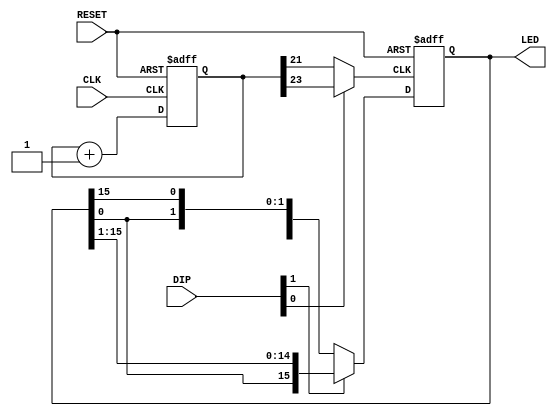
`timescale 1ns / 1ps
//////////////////////////////////////////////////////////////////////////////////
// Company: 
// Engineer: 
// 
// Design Name: 
// Module Name:    TEST 
// Project Name: 
// Target Devices: 
// Tool versions: 
// Description: 
//
// Dependencies: 
//
// Revision: 
// Revision 0.01 - File Created
// Additional Comments: 
//
//////////////////////////////////////////////////////////////////////////////////
module TEST(CLK, RESET, LED, DIP);
    input CLK;
    input RESET;
    output [15:0] LED;
    input [1:0] DIP;
	 
	 reg [23:0] DIVIDER;
	 reg [15:0] LED;
	 
	 //DIVIDER
	 always @(posedge CLK or negedge RESET)
		begin
			if(!RESET)
				DIVIDER <= 24'h000000;
			else
				DIVIDER <= DIVIDER + 1'b1;
		end
	 
	 assign FAST_CLK = DIVIDER[21];
	 assign SLOW_CLK = DIVIDER[23];
	 assign SPEED_CLK = DIP[0] ? SLOW_CLK : FAST_CLK;
	 //assign SPEED_CLK = (DIP[0] == 1'b0) ? DIVIDER[21] : DIVIDER[23];
	 
	 always @(posedge SPEED_CLK or negedge RESET)
		begin
			if(!RESET)
				LED <= 16'hFFFE;
				
			else
				begin
					if(DIP[1] == 1'b0)
						LED <= {LED[14:0], LED[15]};
					else
						LED <= {LED[0], LED[15:1]};
				end
		end

endmodule